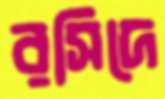
রসিদে